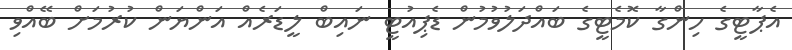
އެޕާޓީގެ ހިންގާ ކޮމެޓީގެ ބައްދަލުވުމުން ޑެޕިއުޓީ ނައިބް ލީޑަރެއް އަންޔަން ކުރުމަށް ބޭއްވި